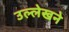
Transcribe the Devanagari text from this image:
उल्लेखने